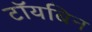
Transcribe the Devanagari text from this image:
टॉयबिन